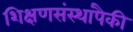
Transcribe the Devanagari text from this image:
शिक्षणसंस्थांपैकी